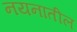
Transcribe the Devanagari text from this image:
नयनातील